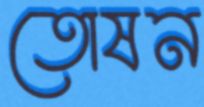
তোষন